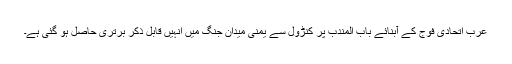
عرب اتحادی فوج کے آبنائے باب المندب پر کنڑول سے یمنی میدان جنگ میں انہیں قابل ذکر برتری حاصل ہو گئی ہے۔